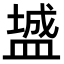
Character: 𪾓